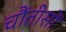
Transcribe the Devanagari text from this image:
चौंतीसों